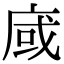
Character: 𢈿